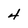
Character: 4